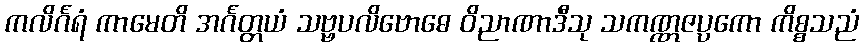
ကလိင်္ဂရံ ကာမေတိ အင်္ဂတ္တယံ သဗ္ဗပလိဗောဓေ ဝိညာဏာဒီသု သကဏ္ဏဇပ္ပကော ကိစ္စသညံ